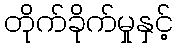
တိုက်ခိုက်မှုနှင့်